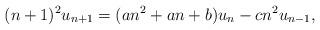
LaTeX: \begin{align*} (n + 1)^2 u_{n + 1} = (a n^2 + a n + b) u_n - c n^2 u_{n - 1}, \end{align*}